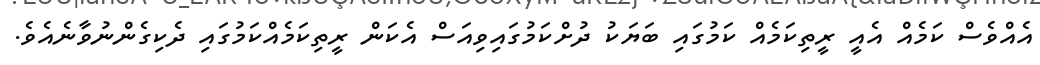
އެއްވެސް ކަމެއް އެއީ ރީތިކަމެއް ކަމުގައި ބަޔަކު ދުށްކަމުގައިވިއަސް އެކަން ރީތިކަމެއްކަމުގައި ދެކިގެންނުވާނެއެވެ.